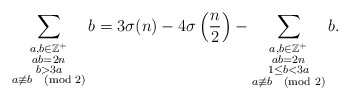
\begin{align*}\sum_{\substack{a,b\in \mathbb{Z}^+\\ab=2n\\b> 3a\\a\not\equiv b \pmod{2}}} b= 3\sigma(n)-4\sigma\left(\frac{n}{2}\right)-\sum_{\substack{ a,b\in\mathbb{Z}^+\\ ab=2n\\ 1\leq b< 3a\\ a\not\equiv b \pmod{2}}} b.\end{align*}